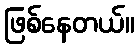
ဖြစ်နေတယ်။